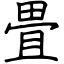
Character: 畳